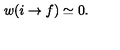
w ( i \rightarrow f ) \simeq 0 .